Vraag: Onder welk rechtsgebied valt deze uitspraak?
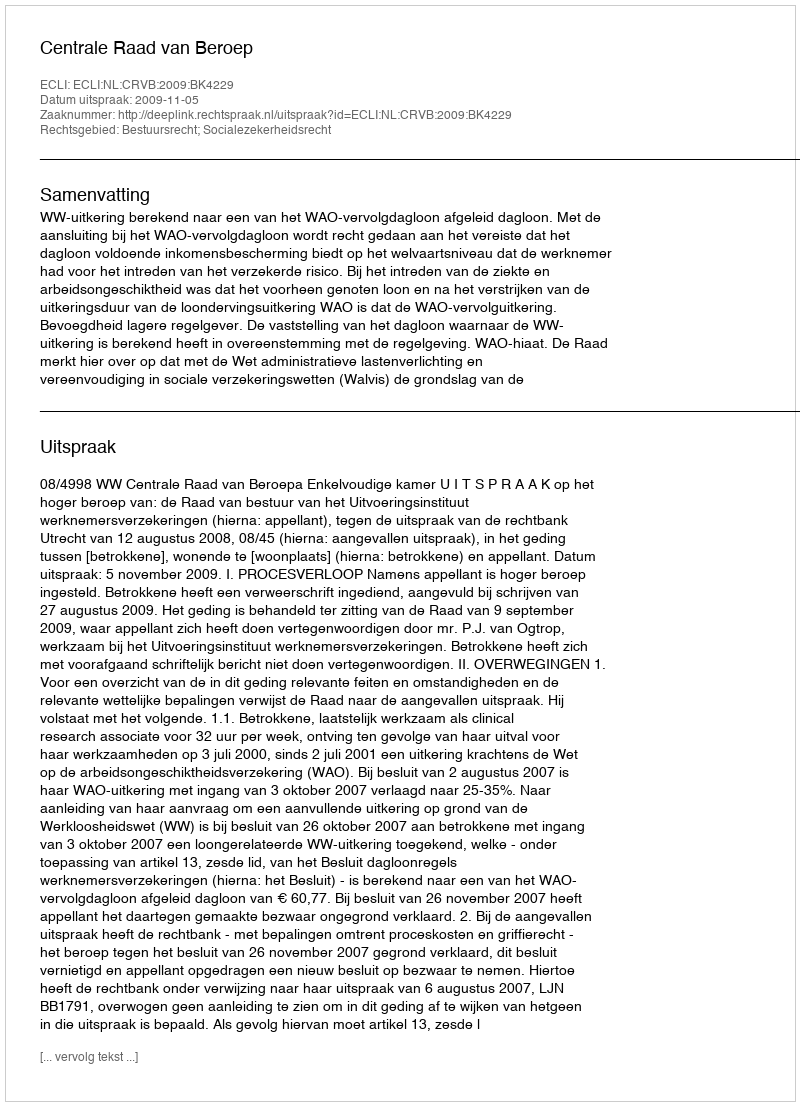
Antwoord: Bestuursrecht; Socialezekerheidsrecht